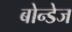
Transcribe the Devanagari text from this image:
बोन्डेज